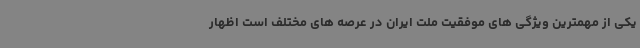
یکی از مهمترین ویژگی های موفقیت ملت ایران در عرصه های مختلف است اظهار